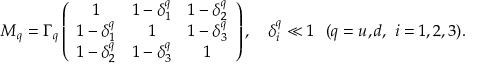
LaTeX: M _ { q } = \Gamma _ { q } \left( \begin{array} { c c c } { { 1 } } & { { 1 - \delta _ { 1 } ^ { q } } } & { { 1 - \delta _ { 2 } ^ { q } } } \\ { { 1 - \delta _ { 1 } ^ { q } } } & { { 1 } } & { { 1 - \delta _ { 3 } ^ { q } } } \\ { { 1 - \delta _ { 2 } ^ { q } } } & { { 1 - \delta _ { 3 } ^ { q } } } & { { 1 } } \end{array} \right) , \ \ \ \delta _ { i } ^ { q } \ll 1 \ \ ( q = u , d , \ i = 1 , 2 , 3 ) .